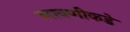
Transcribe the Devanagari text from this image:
लावणीकडे